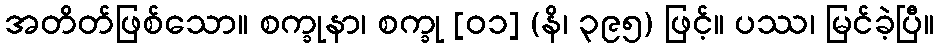
အတိတ်ဖြစ်သော။ စက္ခုနာ၊ စက္ခု [၀၁] (နိ၊ ၃၉၅) ဖြင့်။ ပဿ၊ မြင်ခဲ့ပြီ။